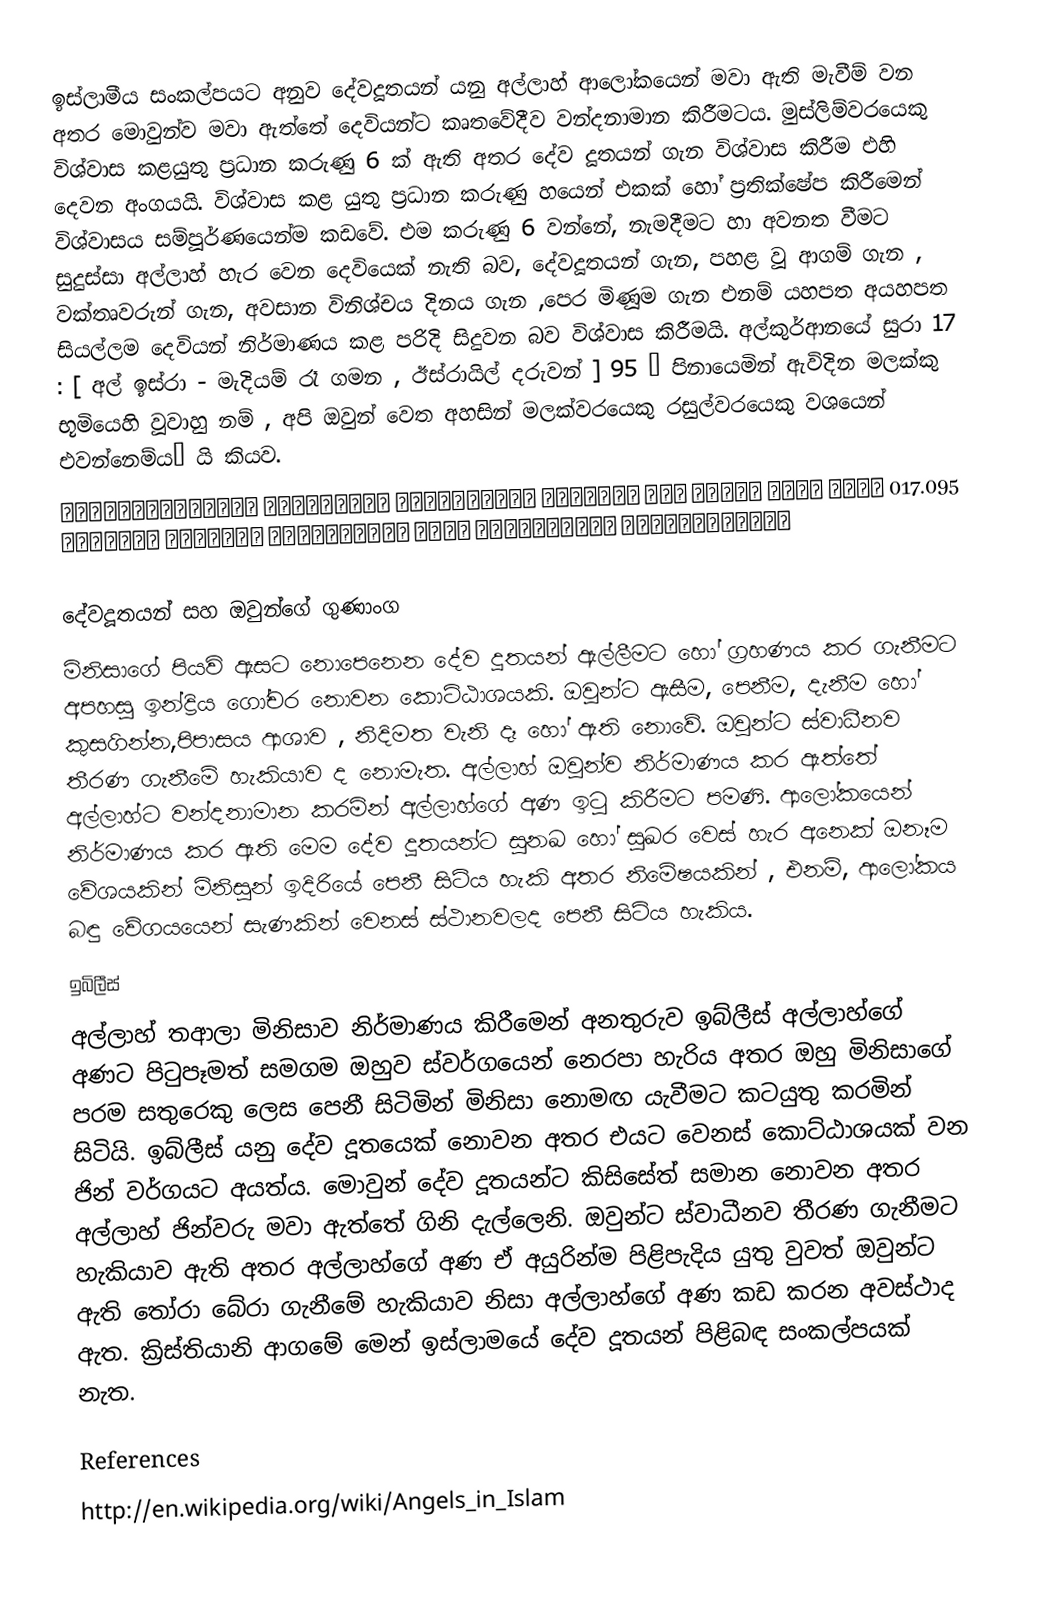
ඉස්ලාමීය සංකල්පයට අනුව දේවදූතයන් යනු අල්ලාහ් ආලෝකයෙන් මවා ඇති මැවීම් වන අතර මොවුන්ව මවා ඇත්තේ දෙවියන්ට කෘතවේදීව වන්දනාමාන කිරීමටය. මුස්ලිම්වරයෙකු විශ්වාස කළයුතු ප්‍රධාන කරුණු 6 ක් ඇති අතර දේව දූතයන් ගැන විශ්වාස කිරීම එහි දෙවන අංගයයි. විශ්වාස කළ යුතු ප්‍රධාන කරුණු හයෙන් එකක් හෝ ප්‍රතික්ෂේප කිරීමෙන් විශ්වාසය සම්පූර්ණයෙන්ම කඩවේ. එම කරුණු 6 වන්නේ, නැමදීමට හා අවනත වීමට සුදුස්සා අල්ලාහ් හැර වෙන දෙවියෙක් නැති බව, දේවදූතයන් ගැන, පහළ වූ ආගම් ගැන , වක්තෘවරුන් ගැන, අවසාන විනිශ්චය දිනය ගැන ,පෙර මිණූම ගැන එනම් යහපත අයහපත සියල්ලම දෙවියන් නිර්මාණය කළ පරිදි සිදුවන බව විශ්වාස කිරීමයි. අල්කුර්ආනයේ සුරා 17 : [ අල් ඉස්රා - මැදියම් රෑ ගමන , ඊස්රායිල් දරුවන් ] 95 “ පිනායෙමින් ඇවිදින මලක්කු භූමියෙහි වූවාහු නම් , අපි ඔවුන් වෙත අහසින් මලක්වරයෙකු රසුල්වරයෙකු වශයෙන් එවන්නෙම්ය”  යි කියව.
017.095 قُلْ لَوْ كَانَ فِي الأرْضِ مَلائِكَةٌ يَمْشُونَ مُطْمَئِنِّينَ لَنَزَّلْنَا عَلَيْهِمْ مِنَ السَّمَاءِ مَلَكًا رَسُولا

දේවදූතයන් සහ ඔවුන්ගේ ගුණාංග
මිනිසාගේ පියවි ඇසට නොපෙනෙන දේව දූතයන් ඇල්ලීමට හෝ ග්‍රහණය කර ගැනීමට අපහසු ඉන්ද්‍රිය ගෝචර නොවන කොට්ඨාශයකි. ඔවුන්ට ඇසීම, පෙනීම, දැනීම හෝ කුසගින්න,පිපාසය ආශාව , නිදිමත වැනි දෑ හෝ ඇති නොවේ. ඔවුන්ට ස්වාධීනව තීරණ ගැනීමේ හැකියාව ද නොමැත. අල්ලාහ් ඔවුන්ව නිර්මාණය කර ඇත්තේ අල්ලාහ්ට වන්දනාමාන කරමින් අල්ලාහ්ගේ අණ ඉටු කිරීමට පමණි. ආලෝකයෙන් නිර්මාණය කර ඇති මෙම දේව දූතයන්ට සුනඛ හෝ සුඛර වෙස් හැර අනෙක් ඔනෑම වේශයකින් මිනිසුන් ඉදිරියේ පෙනී සිටිය හැකි අතර නිමේෂයකින් , එනම්, ආලෝකය බඳු වේගයයෙන් සැණකින් වෙනස් ස්ථානවලද පෙනී සිටිය හැකිය.
ඉබිලීස්
අල්ලාහ් තආලා මිනිසාව නිර්මාණය කිරීමෙන් අනතුරුව ඉබ්ලීස් අල්ලාහ්ගේ අණට පිටුපෑමත් සමගම ඔහුව ස්වර්ගයෙන් නෙරපා හැරිය අතර ඔහු මිනිසාගේ පරම සතුරෙකු ලෙස පෙනී සිටිමින් මිනිසා නොමඟ යැවීමට කටයුතු කරමින් සිටියි. ඉබ්ලීස් යනු දේව දූතයෙක් නොවන අතර එයට වෙනස් කොට්ඨාශයක් වන ජින් වර්ගයට අයත්ය. මොවුන් දේව දූතයන්ට කිසිසේත් සමාන නොවන අතර අල්ලාහ් ජින්වරු මවා ඇත්තේ ගිනි දැල්ලෙනි. ඔවුන්ට ස්වාධීනව තීරණ ගැනීමට හැකියාව ඇති අතර අල්ලාහ්ගේ අණ ඒ අයුරින්ම  පිළිපැදිය යුතු වුවත් ඔවුන්ට ඇති තෝරා බේරා ගැනීමේ හැකියාව නිසා අල්ලාහ්ගේ අණ කඩ කරන අවස්ථාද ඇත. ක්‍රිස්තියානි ආගමේ මෙන් ඉස්ලාමයේ  දේව දූතයන් පිළිබඳ සංකල්පයක් නැත.

References
http://en.wikipedia.org/wiki/Angels_in_Islam